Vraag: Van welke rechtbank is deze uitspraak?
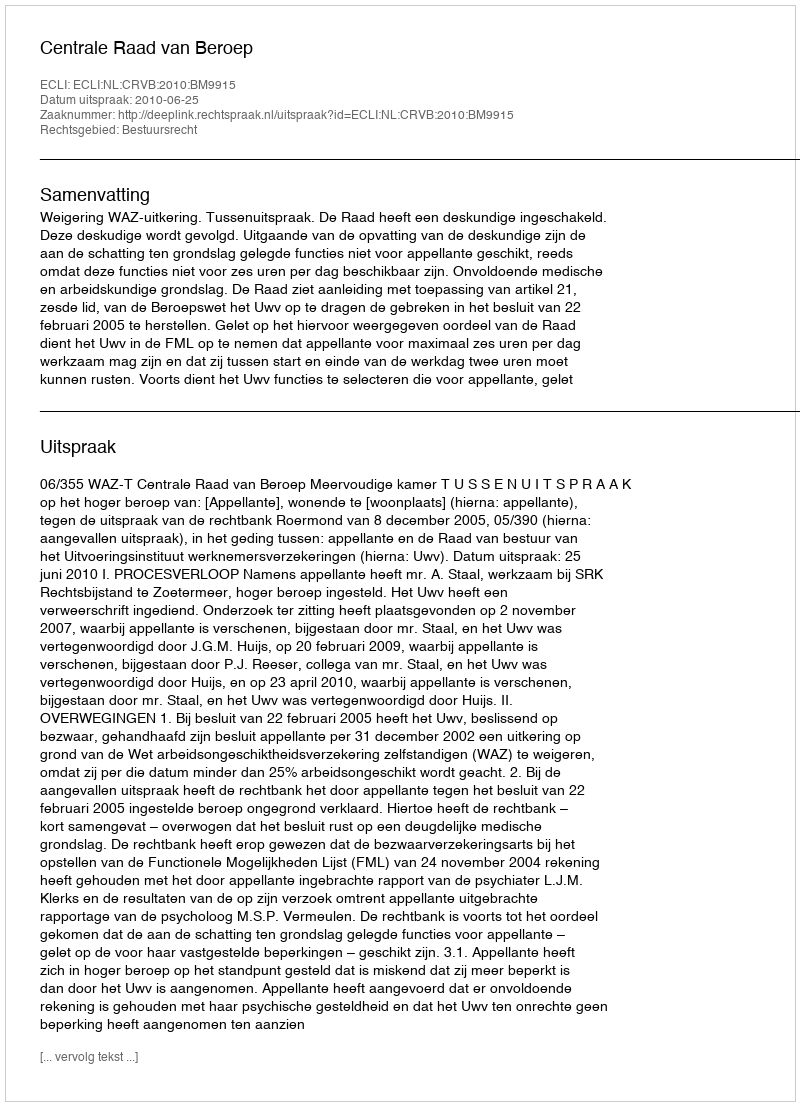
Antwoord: Centrale Raad van Beroep